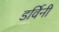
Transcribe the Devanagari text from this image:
डर्विनी